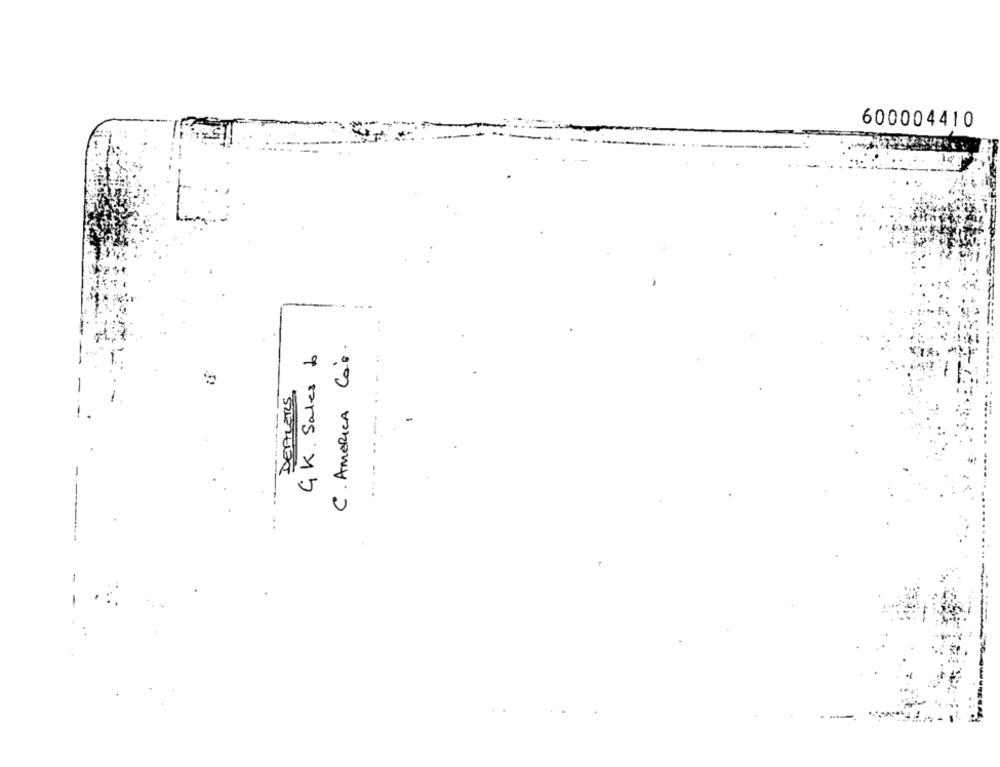
600004410
C . AMERICA COM.
GK. Sales b
DEALERS